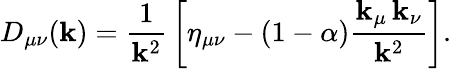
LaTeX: D_{\mu\nu}(\mathbf{k})={\frac{{1}}{{\mathbf{k}^{2}}}}\left[\eta_{\mu\nu}-\left(1-\alpha\right){\frac{{\mathbf{k}_{\mu}\, \mathbf{k}_{\nu}}}{{\mathbf{k}^{2}}}}\right].